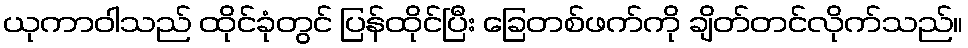
ယုကာဝါသည် ထိုင်ခုံတွင် ပြန်ထိုင်ပြီး ခြေတစ်ဖက်ကို ချိတ်တင်လိုက်သည်။